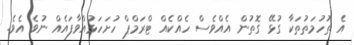
އެ ތުހުމަތުތަކާ ގުޅޭ ގޮތުން އެއްވެސް ހެއްކެއް ޓްރަމްޕް ހުށަހަޅުއްވާފައެއް ނުވެ އެވެ.